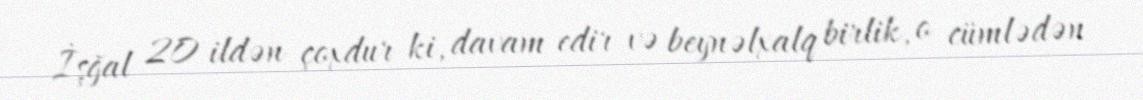
İşğal 20 ildən çoxdur ki, davam edir və beynəlxalq birlik, o cümlədən